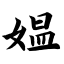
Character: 媪